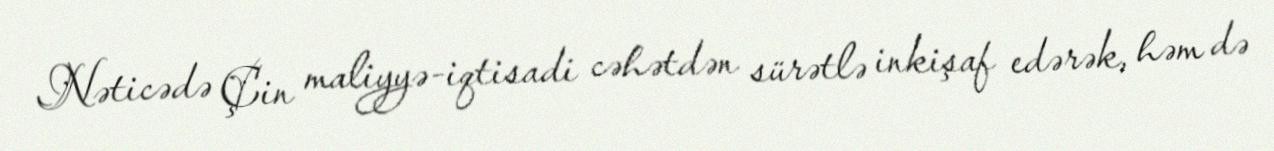
Nəticədə Çin maliyyə-iqtisadi cəhətdən sürətlə inkişaf edərək, həm də